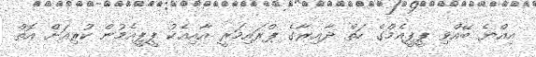
އިއްޔެ ބޭއްވި ޕީޕީއެމްގެ ހަތް ދާއިރާގެ ޕްރައިމަރީ އާއިއެކު ޕީޕީއެމުން ކުރިއަށް އޮތް